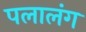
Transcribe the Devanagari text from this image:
पलालंग